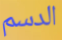
الدسم